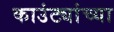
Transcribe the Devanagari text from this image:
काउंट्यांच्या